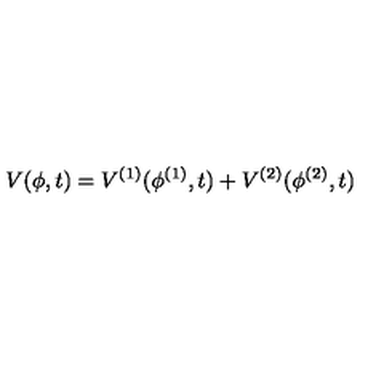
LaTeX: V ( \phi , t ) = V ^ { ( 1 ) } ( \phi ^ { ( 1 ) } , t ) + V ^ { ( 2 ) } ( \phi ^ { ( 2 ) } , t )